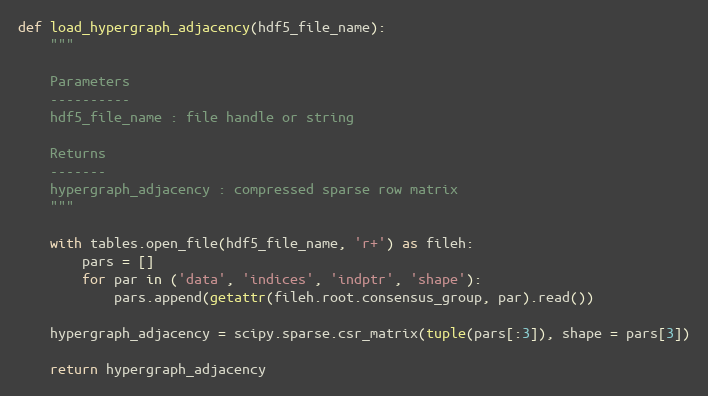
Language: Python
def load_hypergraph_adjacency(hdf5_file_name):
    """

    Parameters
    ----------
    hdf5_file_name : file handle or string

    Returns
    -------
    hypergraph_adjacency : compressed sparse row matrix
    """

    with tables.open_file(hdf5_file_name, 'r+') as fileh:
        pars = []
        for par in ('data', 'indices', 'indptr', 'shape'):
            pars.append(getattr(fileh.root.consensus_group, par).read())

    hypergraph_adjacency = scipy.sparse.csr_matrix(tuple(pars[:3]), shape = pars[3])

    return hypergraph_adjacency